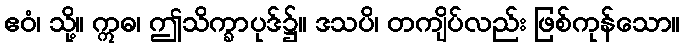
ဧဝံ၊ သို့။ ဣဓ၊ ဤသိက္ခာပုဒ်၌။ ဒသပိ၊ တကျိပ်လည်း ဖြစ်ကုန်သော။